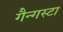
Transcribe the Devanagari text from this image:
गैन्गस्टा